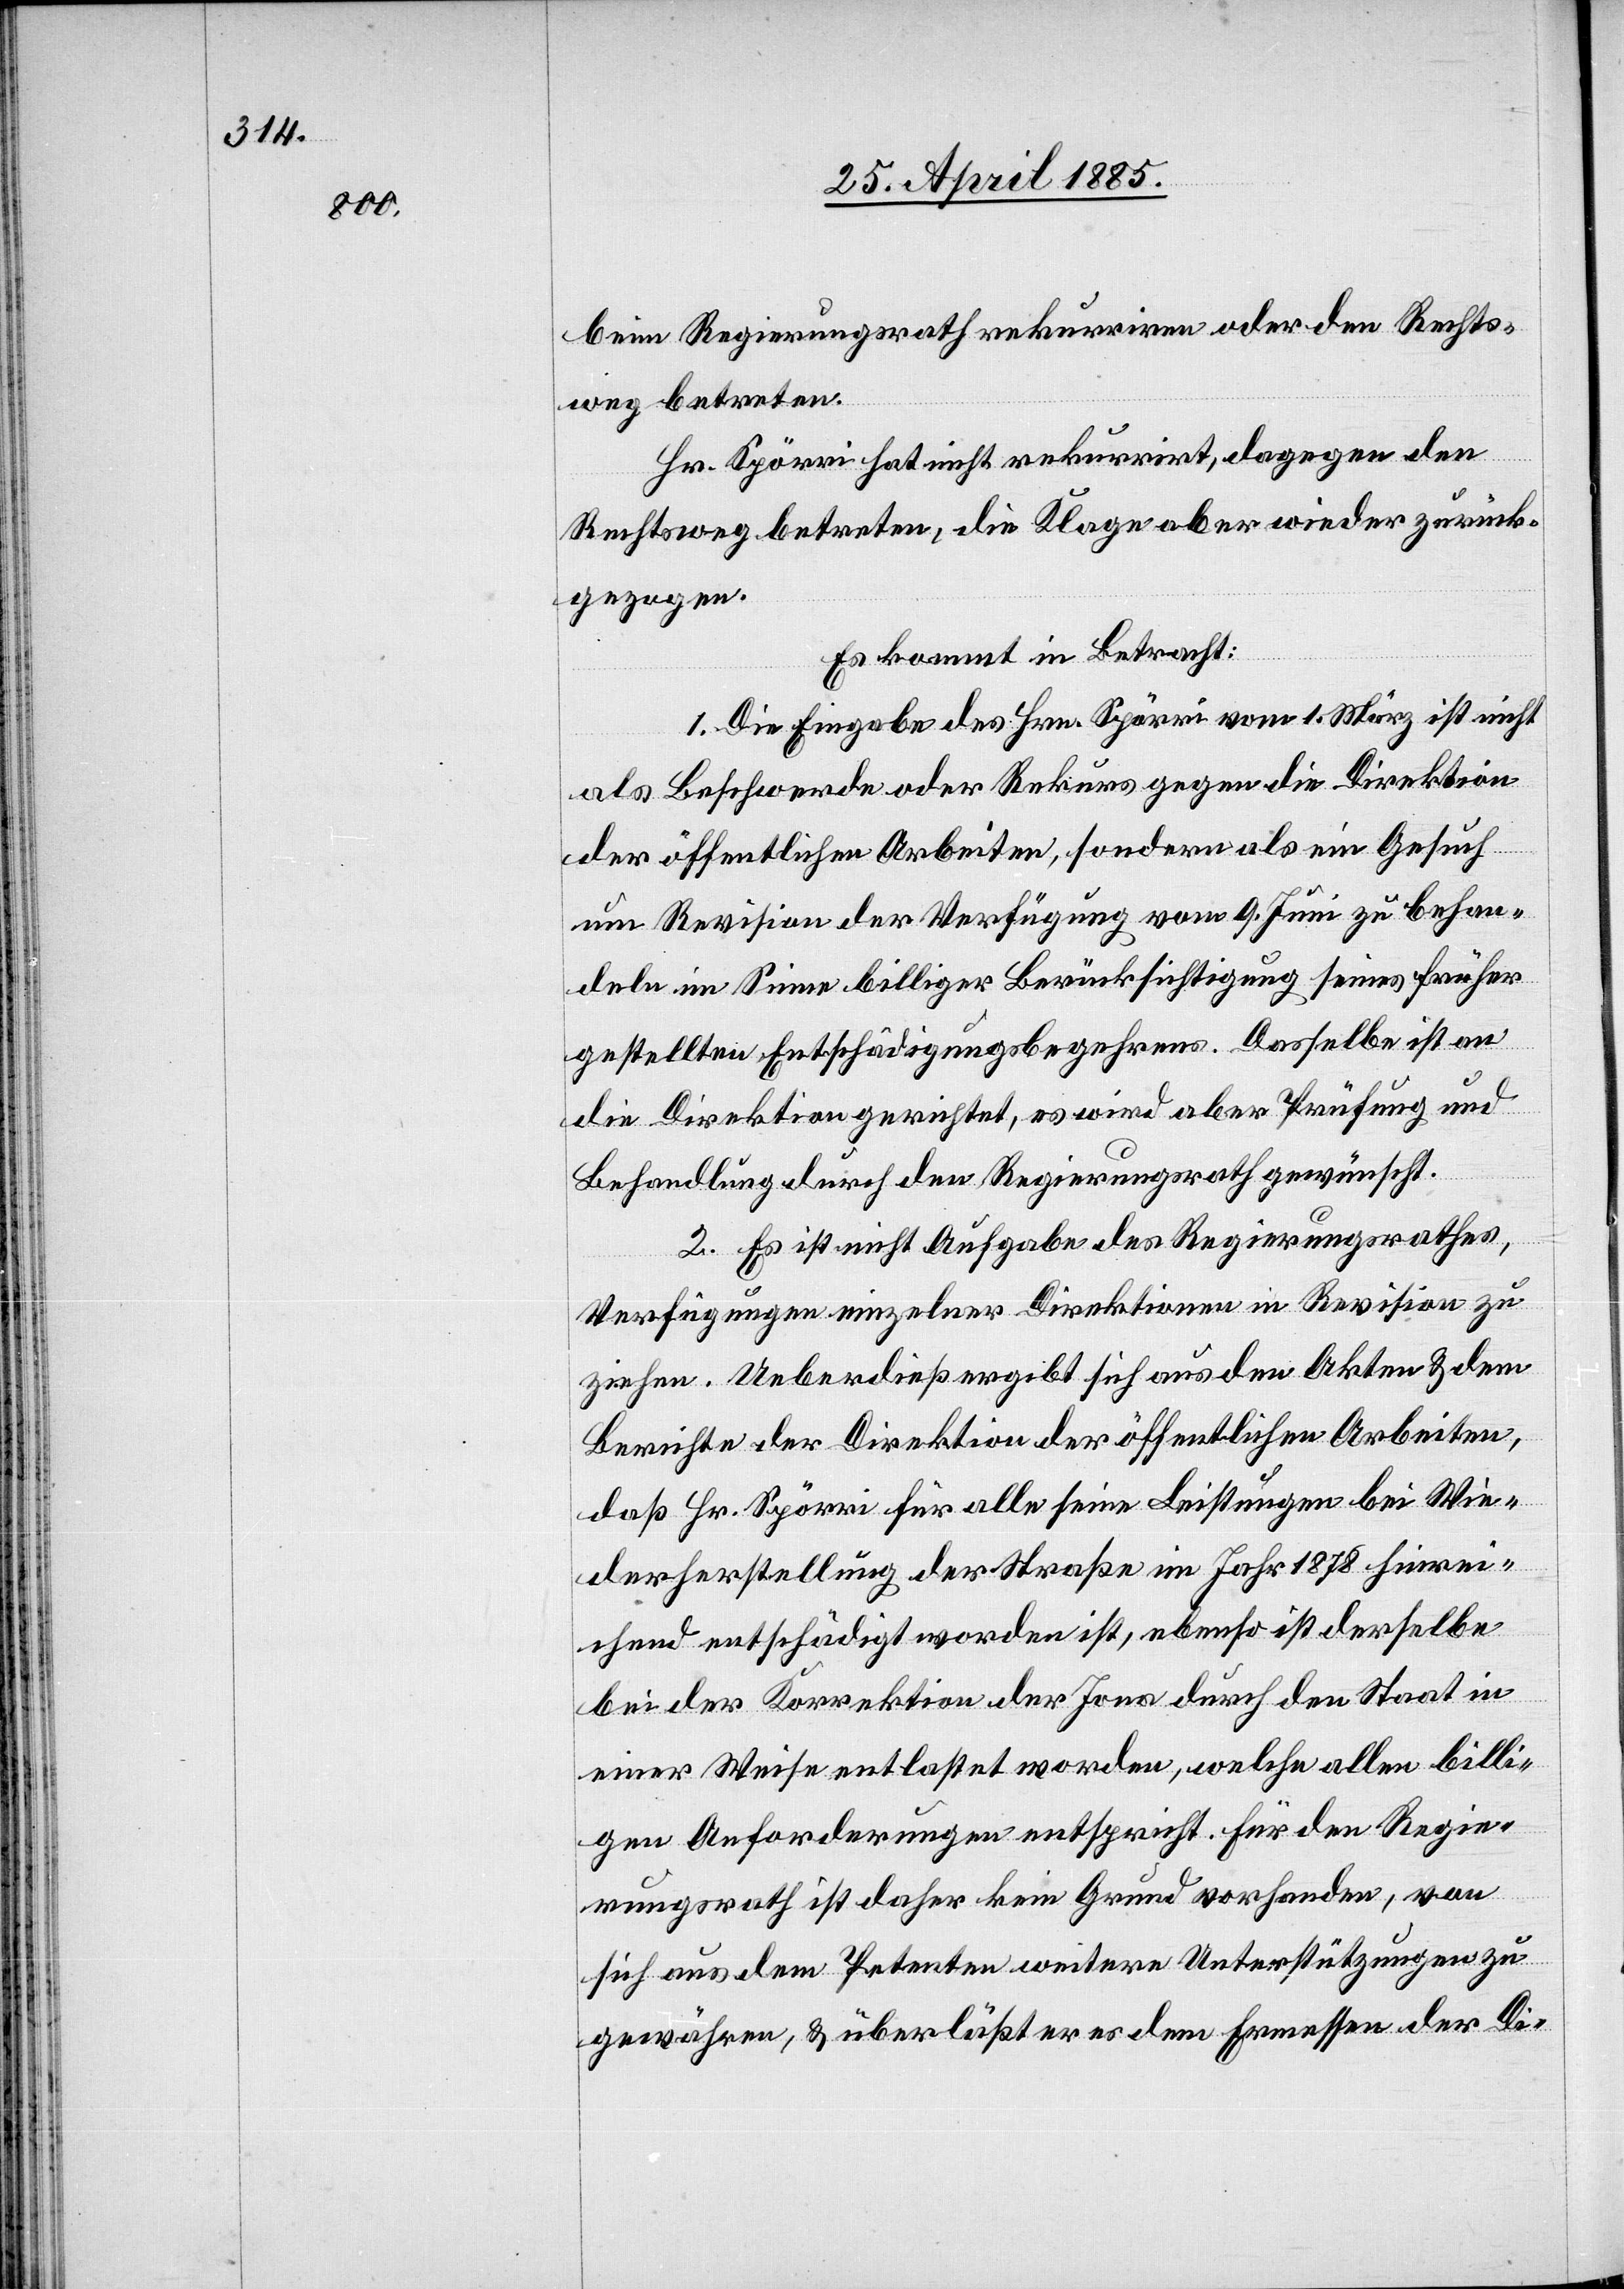
beim Regierungsrath rekurriren oder den Rechts¬
weg betreten.
Hr. Spörri hat nicht rekurrirt, dagegen den
Rechtsweg betreten, die Klage aber wieder zurück¬
gezogen.
Es kommt in Betracht:
1. Die Eingabe des Hrn. Spörri vom 1. März ist nicht
als Beschwerde oder Rekurs gegen die Direktion
der öffentlichen Arbeiten, sondern als ein Gesuch
um Revision der Verfügung vom 9. Juni zu behan¬
deln im Sinne billiger Berücksichtigung seines früher
gestellten Entschädigungsbegehrens. Dasselbe ist an
die Direktion gerichtet, es wird aber Prüfung und
Behandlung durch den Regierungsrath gewünscht.
2. Es ist nicht Aufgabe des Regierungsrathes,
Verfügungen einzelner Direktionen in Revision zu
ziehen. Ueberdieß ergibt sich aus den Akten & dem
Berichte der Direktion der öffentlichen Arbeiten,
daß Hr. Spörri für alle seine Leistungen bei Wie¬
derherstellung der Straße im Jahr 1878 hinrei¬
chend entschädigt worden ist, ebenso ist derselbe
bei der Korrektion der Jona durch den Staat in
einer Weise entlastet worden, welche allen billi¬
gen Anforderungen entspricht. Für den Regie¬
rungsrath ist daher kein Grund vorhanden, von
sich aus dem Petenten weitere Unterstützungen zu
gewähren, & überläßt er es dem Ermessen der Di-